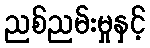
ညစ်ညမ်းမှုနှင့်